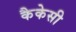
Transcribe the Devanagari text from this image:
कैकेसी